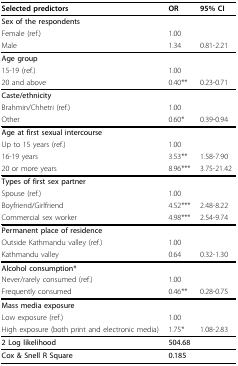
<table><thead><tr><td><b>Selected predictors</b></td><td><b>OR</b></td><td><b>95% CI</b></td></tr></thead><tbody><tr><td><b>Sex of the respondents</b></td><td></td><td></td></tr><tr><td>Female (ref.)</td><td>1.00</td><td></td></tr><tr><td>Male</td><td>1.34</td><td>0.81-2.21</td></tr><tr><td><b>Age group</b></td><td></td><td></td></tr><tr><td>15-19 (ref.)</td><td>1.00</td><td></td></tr><tr><td>20 and above</td><td>0.40**</td><td>0.23-0.71</td></tr><tr><td><b>Caste/ethnicity</b></td><td></td><td></td></tr><tr><td>Brahmin/Chhetri (ref.)</td><td>1.00</td><td></td></tr><tr><td>Other</td><td>0.60*</td><td>0.39-0.94</td></tr><tr><td><b>Age at first sexual intercourse</b></td><td></td><td></td></tr><tr><td>Up to 15 years (ref.)</td><td>1.00</td><td></td></tr><tr><td>16-19 years</td><td>3.53**</td><td>1.58-7.90</td></tr><tr><td>20 or more years</td><td>8.96***</td><td>3.75-21.42</td></tr><tr><td><b>Types of first sex partner</b></td><td></td><td></td></tr><tr><td>Spouse (ref.)</td><td>1.00</td><td></td></tr><tr><td>Boyfriend/Girlfriend</td><td>4.52***</td><td>2.48-8.22</td></tr><tr><td>Commercial sex worker</td><td>4.98***</td><td>2.54-9.74</td></tr><tr><td><b>Permanent place of residence</b></td><td></td><td></td></tr><tr><td>Outside Kathmandu valley (ref.)</td><td>1.00</td><td></td></tr><tr><td>Kathmandu valley</td><td>0.64</td><td>0.32-1.30</td></tr><tr><td><b>Alcohol consumption*</b></td><td></td><td></td></tr><tr><td>Never/rarely consumed (ref.)</td><td>1.00</td><td></td></tr><tr><td>Frequently consumed</td><td>0.46**</td><td>0.28-0.75</td></tr><tr><td><b>Mass media exposure</b></td><td></td><td></td></tr><tr><td>Low exposure (ref.)</td><td>1.00</td><td></td></tr><tr><td>High exposure (both print and electronic media)</td><td>1.75*</td><td>1.08-2.83</td></tr><tr><td><b>2 Log likelihood</b></td><td><b>504.68</b></td><td></td></tr><tr><td><b>Cox &amp; Snell R Square</b></td><td><b>0.185</b></td><td></td></tr></tbody></table>